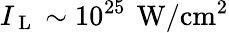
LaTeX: I_{\mathrm{~L~}}\sim 10^{25}\, \mathrm{\: W/cm^{2}}